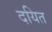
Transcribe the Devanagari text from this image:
दयित